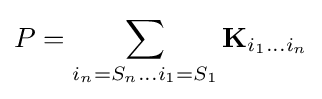
P=\sum _{i_{n}=S_{n}\dots i_{1}=S_{1}}\mathbf {K} _{i_{1}\dots i_{n}}